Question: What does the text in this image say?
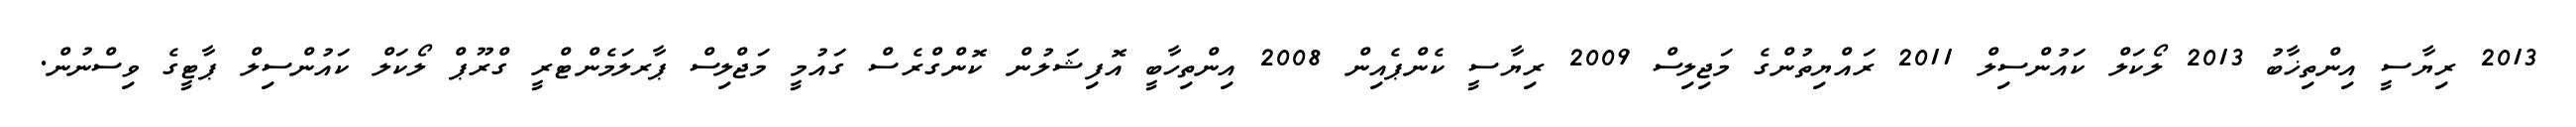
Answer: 2013 ރިޔާސީ އިންތިޚާބު 2013 ލޯކަލް ކައުންސިލް 2011 ރައްޔިތުންގެ މަޖިލިސް 2009 ރިޔާސީ ކެންޕެއިން 2008 އިންތިހާބީ އޮފިޝަލުން ކޮންގްރެސް ގައުމީ މަޖްލިސް ޕާރލަމެންޓްރީ ގްރޫޕް ލޯކަލް ކައުންސިލް ޕާޓީގެ ވިސްނުން.